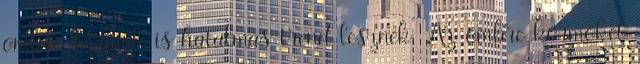
ombre körmök is hatalmas trend lesznek. Az ombre körmöket